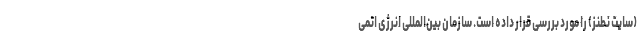
(سایت نطنز) را مورد بررسی قرار داده است. سازمان بین‌المللی انرژی اتمی